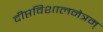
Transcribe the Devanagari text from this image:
दीप्तविशालनेत्रम्